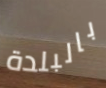
بالبلدة